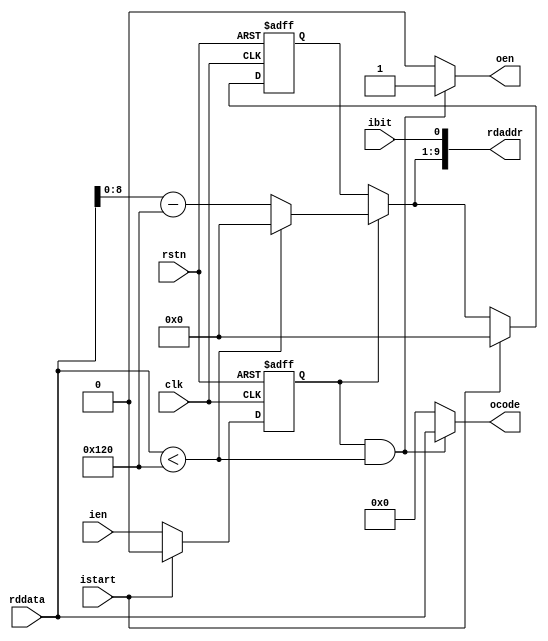

//--------------------------------------------------------------------------------------------------------
// Module  : huffman_decoder
// Type    : synthesizable, IP's sub module
// Standard: Verilog 2001 (IEEE1364-2001)
//--------------------------------------------------------------------------------------------------------

module huffman_decoder #(
    parameter    NUMCODES = 288,
    parameter    OUTWIDTH = 10
)(
    rstn, clk,
    istart, ien, ibit,
    oen, ocode,
    rdaddr, rddata
);


function  integer clogb2;
    input integer val;
//function automatic integer clogb2(input integer val);
    integer valtmp;
begin
    valtmp = val;
    for (clogb2=0; valtmp>0; clogb2=clogb2+1)
        valtmp = valtmp>>1;
end
endfunction


input                               rstn, clk;
input                               istart, ien, ibit;
output                              oen;
output  [            OUTWIDTH-1:0]  ocode;
output  [clogb2(2*NUMCODES-1)-1:0]  rdaddr;
input   [            OUTWIDTH-1:0]  rddata;

wire                                rstn, clk;
wire                                istart, ien, ibit;
reg                                 oen = 1'b0;
reg    [            OUTWIDTH-1:0]   ocode = 0;
wire   [clogb2(2*NUMCODES-1)-1:0]   rdaddr;
wire   [            OUTWIDTH-1:0]   rddata;

reg    [clogb2(2*NUMCODES-1)-2:0]   tpos = 0;
wire   [clogb2(2*NUMCODES-1)-2:0]   ntpos;
reg                                 ienl = 1'b0;

assign rdaddr = {ntpos, ibit};

assign ntpos = ienl ? ((rddata<NUMCODES) ? 0 : (rddata-NUMCODES)) : tpos;

always @ (posedge clk or negedge rstn)
    if(~rstn)
        ienl <= 1'b0;
    else
        ienl <= istart ? 1'b0 : ien;

always @ (posedge clk or negedge rstn)
    if(~rstn)
        tpos <= 0;
    else begin
        if (istart)
            tpos <= 0;
        else
            tpos <= ntpos;
    end

always @ (*)
    if(ienl && rddata<NUMCODES) begin
        oen   = 1'b1;
        ocode = rddata;
    end else begin
        oen   = 1'b0;
        ocode = 0;
    end

endmodule